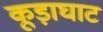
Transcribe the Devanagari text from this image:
कूड़ाघाट